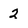
Character: 2